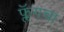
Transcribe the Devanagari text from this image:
फ्लॅगचा